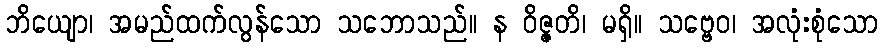
ဘိယျော၊ အမည်ထက်လွန်သော သဘောသည်။ န ဝိဇ္ဇတိ၊ မရှိ။ သဗ္ဗေဝ၊ အလုံးစုံသော